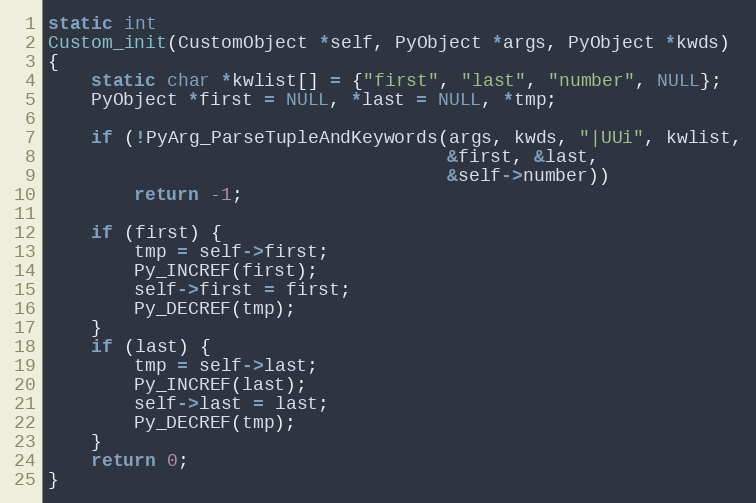
Language: C
static int
Custom_init(CustomObject *self, PyObject *args, PyObject *kwds)
{
    static char *kwlist[] = {"first", "last", "number", NULL};
    PyObject *first = NULL, *last = NULL, *tmp;

    if (!PyArg_ParseTupleAndKeywords(args, kwds, "|UUi", kwlist,
                                     &first, &last,
                                     &self->number))
        return -1;

    if (first) {
        tmp = self->first;
        Py_INCREF(first);
        self->first = first;
        Py_DECREF(tmp);
    }
    if (last) {
        tmp = self->last;
        Py_INCREF(last);
        self->last = last;
        Py_DECREF(tmp);
    }
    return 0;
}